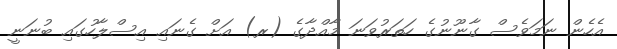
އެހެން ނަމަވެސް ގާނޫނުގެ ހަތަރުވަނަ މާއްދާގެ (ރ) އަށް ގެނައި އިސްލާހުގައި ބުނަނީ